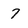
Character: 7